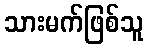
သားမက်ဖြစ်သူ